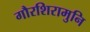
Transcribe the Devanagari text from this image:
गौरशिरामुनि